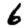
Digit: 6